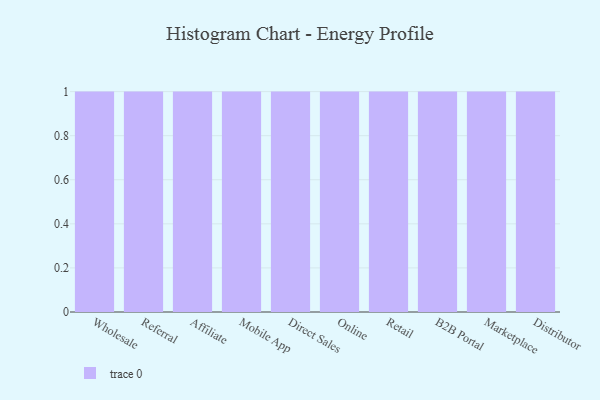
{"axis": {"x": "Channel", "y": "Bounce Rate (%)"}, "legend": [""], "data": [{"x": "Wholesale", "y": 85, "type": ""}, {"x": "Referral", "y": 56, "type": ""}, {"x": "Affiliate", "y": 20, "type": ""}, {"x": "Mobile App", "y": 100, "type": ""}, {"x": "Direct Sales", "y": 46, "type": ""}, {"x": "Online", "y": 50, "type": ""}, {"x": "Retail", "y": 40, "type": ""}, {"x": "B2B Portal", "y": 44, "type": ""}, {"x": "Marketplace", "y": 67, "type": ""}, {"x": "Distributor", "y": 71, "type": ""}]}